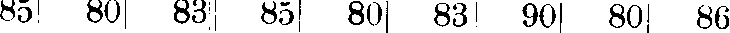
85 80 83 85 80 83 90 80 86